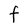
Character: F